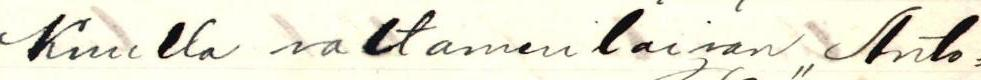
Kuulla valtamerilaivan ,,Anto=